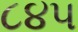
૮૪૫